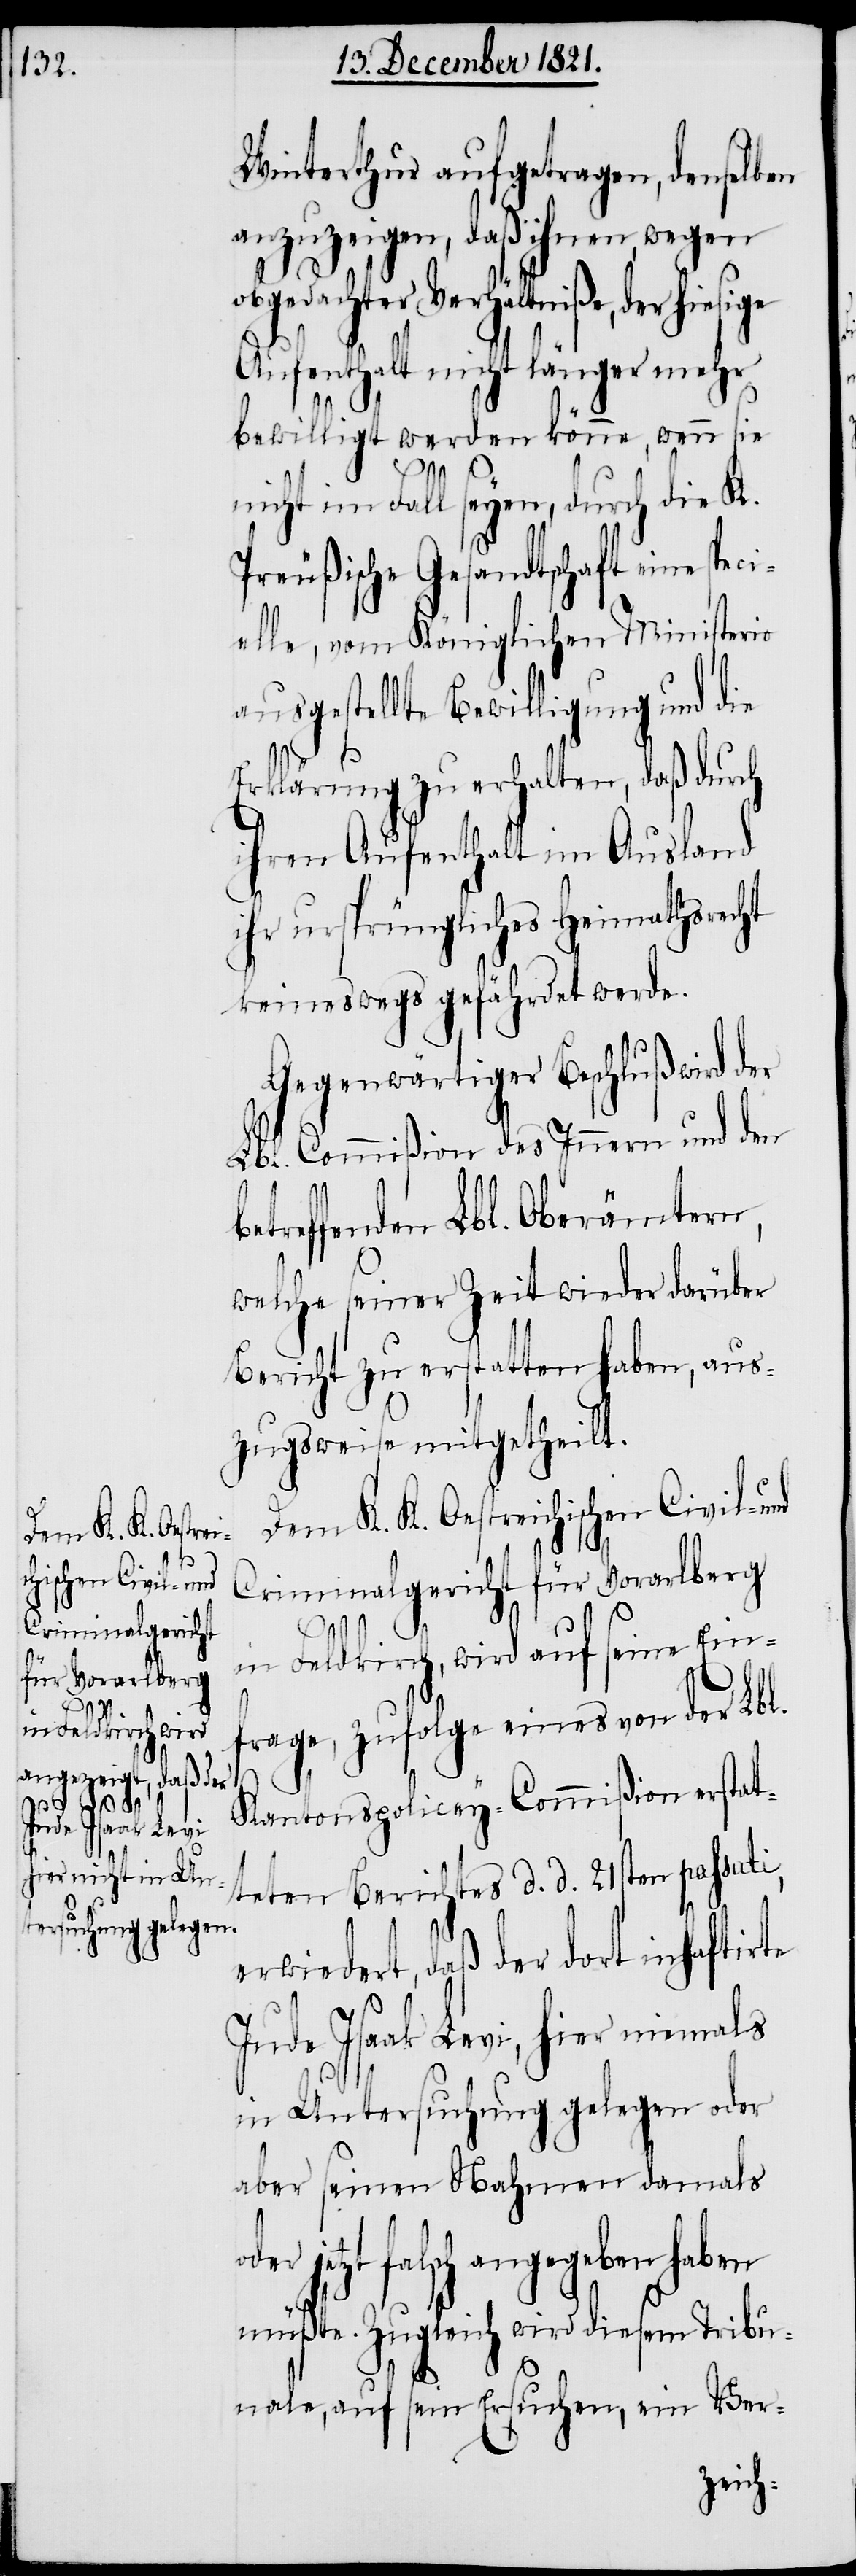
Dem K. K. Oestrei¬
chischen Civil- und
Criminalgericht
für Vorarlberg
be¬

Winterthur aufgetragen, denselben
anzuzeigen, daß ihnen, wegen
Verhältniße, der hiesige
Aufenthalt nicht länger mehr
bewilligt werden könne, wenn sie
nicht im Fall seyen, durch die K.
Preußische Gesandtschaft eine
elle, vom Königlichen Ministerio
ausgestellte Bewilligung und die
Erklärung zu erhalten, daß durch
ihren Aufenthalt im Ausland
ihr ursprüngliches Heimathsrecht
keineswegs gefährdet werde.
Gegenwärtiger Beschluß wird
Lbl. Commißion des Innern und den
treffenden Lbl. Oberämtern,
welche seiner Zeit wieder darüber
Bericht zu erstatten haben, aus¬
zugsweise mitgetheilt.
in Feldkirch, wird auf seine Ein¬
frage, zufolge eines von der Lbl.
Kantonspolicey-Commißion erstat¬
teten Berichtes d. d. 21sten passati
erwiedert, daß der dort inhaftirte
Jude Isaak Levi, hier niemals
in Untersuchung gelegen oder
aber seinen Nahmen damals
jetzt falsch angegeben haben
müßte. Zugleich wird diesem Tribu¬
nale, auf sein Ersuchen, ein Ver-